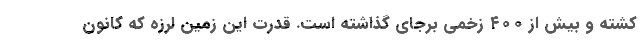
کشته و بیش از ۴۰۰ زخمی برجای گذاشته است. قدرت این زمین لرزه که کانون